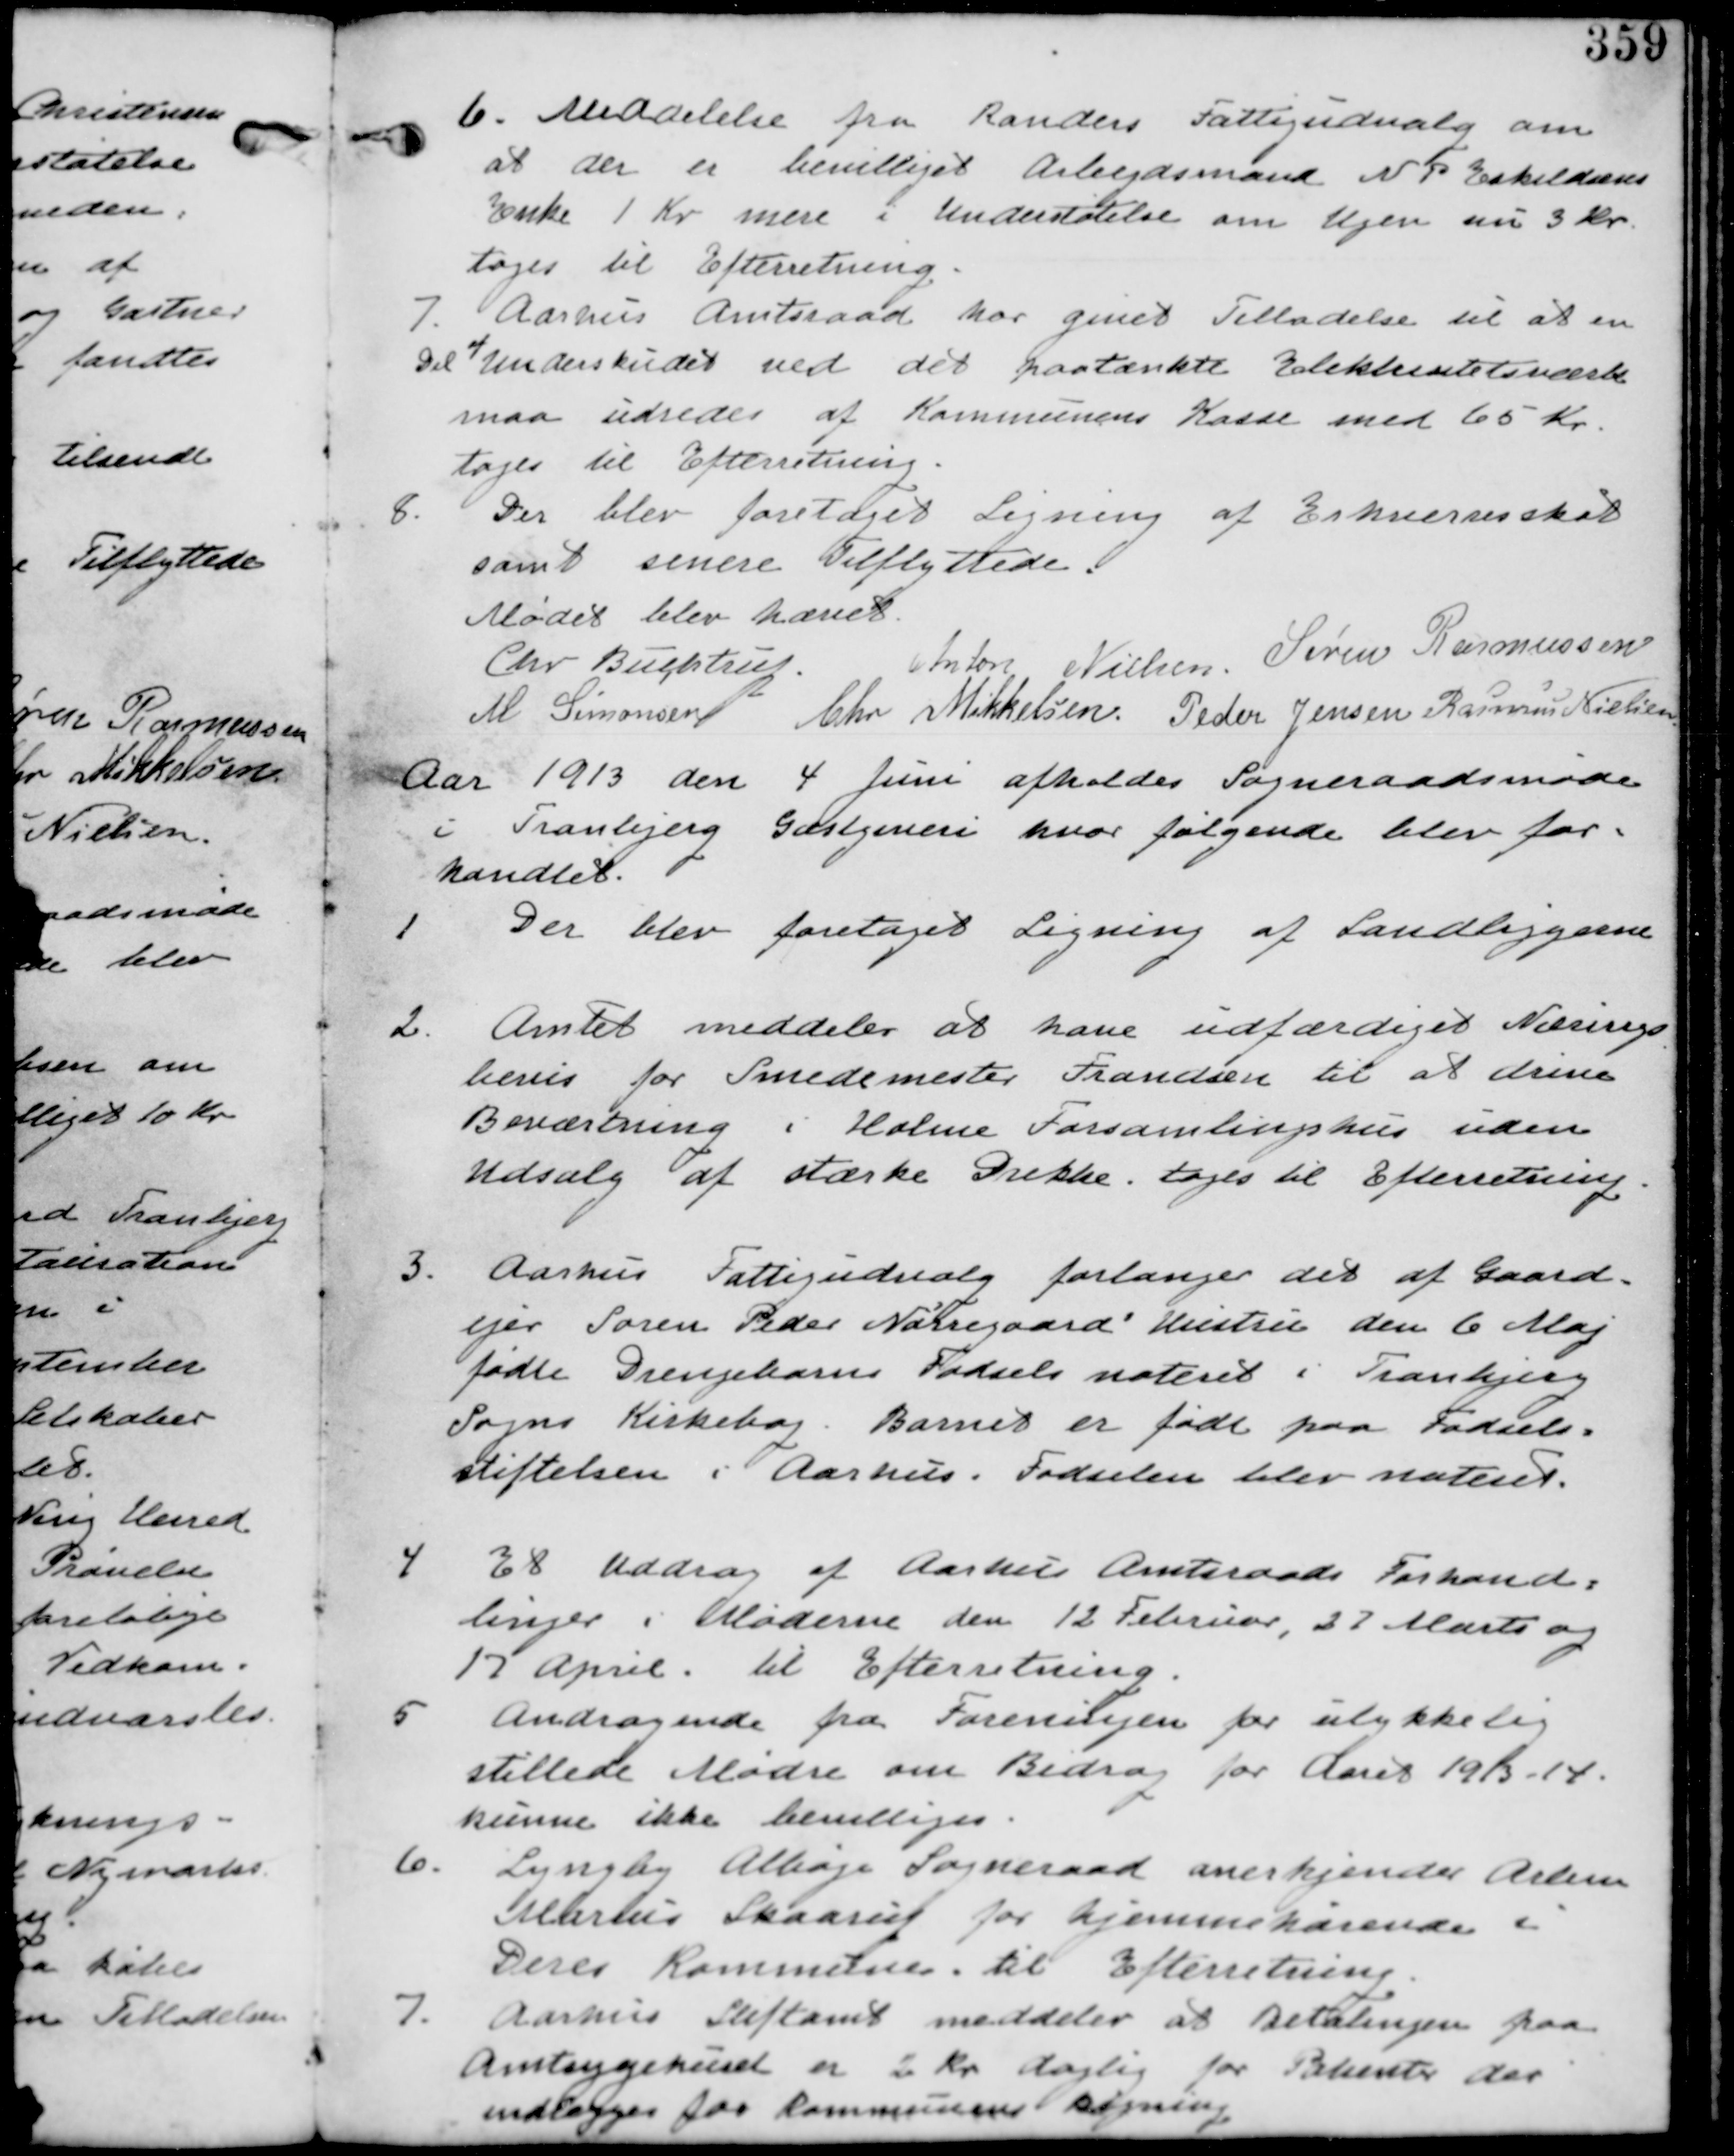
Transskription:
6. Meddelelse fra Randers Fattigudvalg om
at der er bevilliget Arbejdsmand N P Eskeldsens
Enke 1 Kr mere i Understøttelse om Ugen nu 3 Kr.
tages til Efterretning.

7. Aarhus Amtsraad har givet Tilladelse til at en
Del af Underskudet ved det paatænkte Elektrisitetsværk
maa udredes af Kommunens Kasse med 65 Kr.
tages til Efterretning.

8. Der blev foretaget Ligning af Erhvervsskat
samt senere Tilflyttere.

Mødet blev hævet
Chr Buchtrup. Anton Nielsen. Søren Rasmussen
M Simonsen Chr Mikkelsen. Peder Jensen Rasmus Nielsen

Aar 1913 den 4 Juni afholdes Sogneraadsmøde
i Tranbjerg Gæstgiveri hvor følgende blev for-
handlet.

1. Der blev foretaget Ligning af Lamdliggerne.

2. Amtet meddeler at have udfærdiget Nærings-
bevis for Smedemester Frandsen til at drive
Beværtning i Holme Forsamlingshus uden
Udsalg af stærke Drikke. tages til Efterretning

3. Aarhus Fattigudvalg forlanger det af Gaard-
ejer Søren Peder Nørregaard' Hustru den 6 Maj
fødte Drengebarns Fødsel noteret i Tranbjerg
Sogns Korkebog. Barnet er født paa Fødsels-
stiftelsen i Aarhus. Fødslen blev noteret

4. Et Uddrag af Aarhus Amtsraads Forhand-
linger i Møderne den 12 Februar, 22 Marts og
17 April. til Efterretning.

5. Andragende fra Foreningen for ulykkelig
stillede Mødre om Bidrag for Aaret 1913-14.
kunne ikke bevilliges.

6. Lyngby Alhøje Sogneraad anerkjender Arbm
Marinus Skaarup for hjemmehørende i
Deres Kommune. til Efterretning.

7. Aarhus Stiftamt meddeler at Betalingen paa
Amtsygehuset er 2 Kr daglig for Patienter der
indlægges for Kommunens regning.